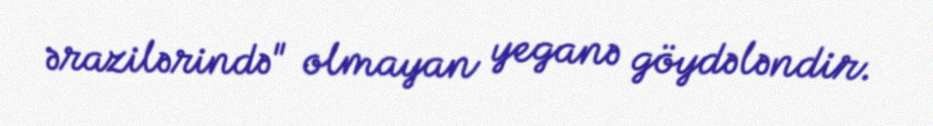
ərazilərində" olmayan yeganə göydələndir.